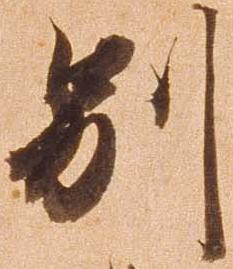
別